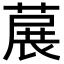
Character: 𬝳